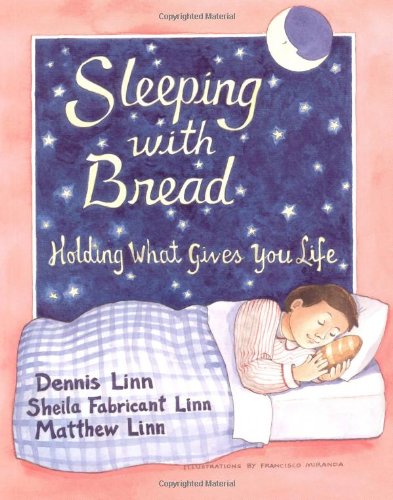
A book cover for Sleeping with Bread: Holding What Gives You Life; Dennis Linn; Christian Books & Bibles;